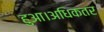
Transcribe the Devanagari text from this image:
हुआ।अधिकतर